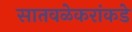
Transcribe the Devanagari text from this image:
सातवळेकरांकडे